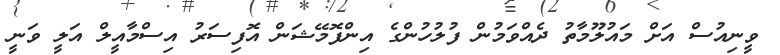
ވީނިއުސް އަށް މައުލޫމާތު ދެއްވަމުން ފުލުހުންގެ އިންފޮމޭޝަން އޮފިސަރު އިސްމާއީލް އަލީ ވަނީ